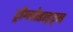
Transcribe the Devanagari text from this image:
ट्रोग्लोडाइट्स